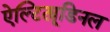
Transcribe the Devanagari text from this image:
ऐल्टिट्यूडिनल